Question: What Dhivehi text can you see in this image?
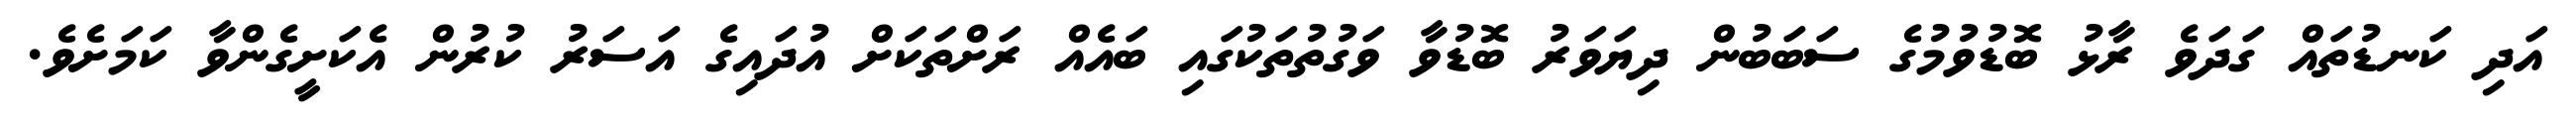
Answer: އަދި ކަނޑުތައް ގަދަވެ ރާޅު ބޮޑުވުމުގެ ސަބަބުން ދިޔަވަރު ބޮޑުވާ ވަގުތުތަކުގައި ބައެއް ރަށްތަކަށް އުދައިގެ އަސަރު ކުރުން އެކަށީގެންވާ ކަމަށެވެ.